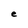
Character: e